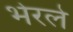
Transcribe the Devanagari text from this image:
भेरले